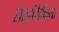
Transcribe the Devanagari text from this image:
सालसिकिया